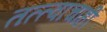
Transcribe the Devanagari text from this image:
तत्त्वाचाही